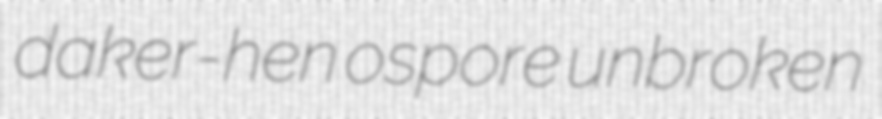
daker-hen ospore unbroken